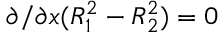
\partial / \partial x ( R _ { 1 } ^ { 2 } - R _ { 2 } ^ { 2 } ) = 0